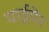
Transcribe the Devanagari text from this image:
पाईयेर